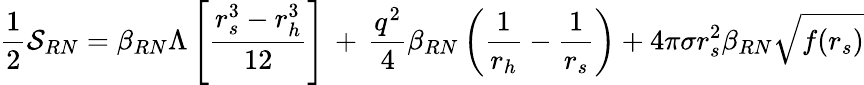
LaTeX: \frac{1}{2}{\cal S}_{RN}=\beta_{RN}\Lambda\left[\frac{r_{s}^{3}-r_{h}^{3}}{12}\right]\, +\, \frac{q^{2}}{4}\beta_{RN}\left(\frac{1}{r_{h}}-\frac{1}{r_{s}}\right)+4\pi\sigma r_{s}^{2}\beta_{RN}\sqrt{f(r_{s})}